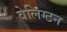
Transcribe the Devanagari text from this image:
वेलिग्टन